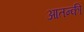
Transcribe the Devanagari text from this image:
आतन्की